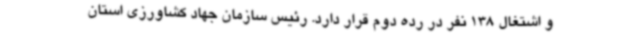
و اشتغال 138 نفر در رده دوم قرار دارد. رئیس سازمان جهاد کشاورزی استان